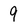
Character: 9